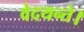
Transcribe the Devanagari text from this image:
वेदयन्ते।